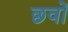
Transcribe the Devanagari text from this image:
छवों